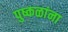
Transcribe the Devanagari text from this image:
पुष्कळांना